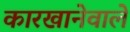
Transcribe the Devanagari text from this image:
कारखानेवाले